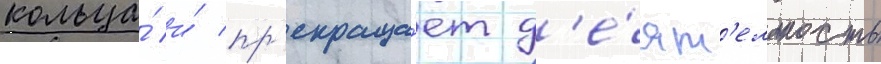
кольца́ и́ пр'екраща́ет д'е́ят'ельность